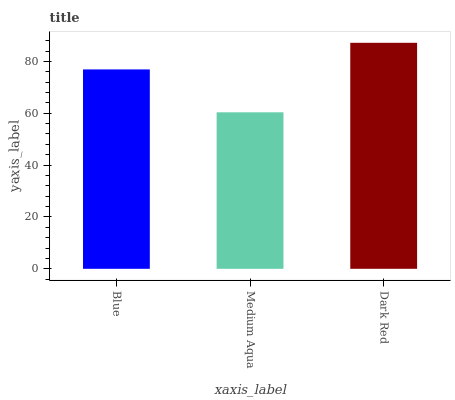
| xaxis_label | bars |
 | --- | --- |
 | Blue | 76.9 |
 | Medium Aqua | 60.4 |
 | Dark Red | 87.2 |